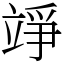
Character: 竫